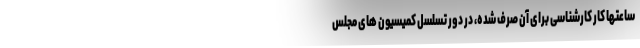
ساعتها کار کارشناسی برای آن صرف شده، در دور تسلسل کمیسیون های مجلس